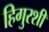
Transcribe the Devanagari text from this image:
हिगुरशी